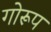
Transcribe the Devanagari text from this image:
गोरूप